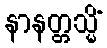
နာနတ္တသ္မိံ